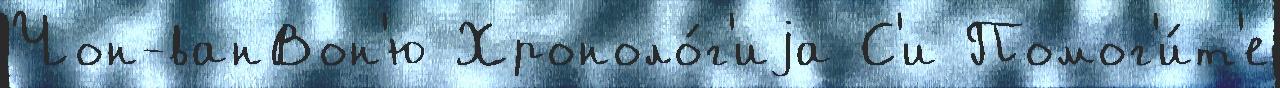
Чон-ванВон'ю Хроноло́г'иjа С'и Помог'и́т'е